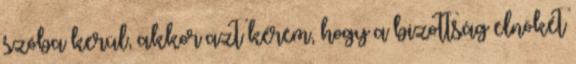
szóba kerül, akkor azt kérem, hogy a bizottság elnökét